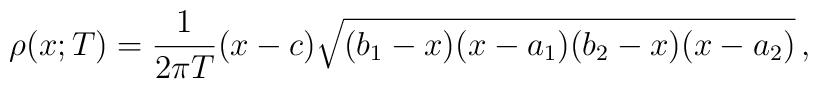
\rho(x;T)=\frac{1}{2\pi T}(x-c)\sqrt{(b_1-x)(x-a_1)(b_2-x)(x-a_2)}\,,